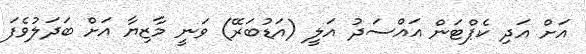
އަށް އަދި ކެޕްޓަން އައްސަދު އަލީ (އަޑުބަރޭ) ވަނީ މާޒިޔާ އަށް ބަދަލުވެފަ